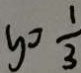
y > \frac { 1 } { 3 }